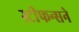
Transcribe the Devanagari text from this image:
स्टीफन्सने